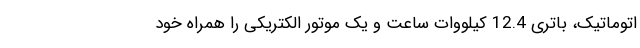
اتوماتیک، باتری 12.4 کیلووات ساعت و یک موتور الکتریکی را همراه خود